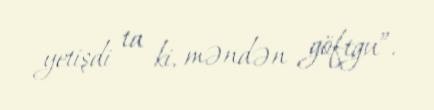
yetişdi ta ki, məndən göftgu”.